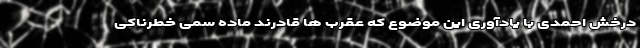
درخش احمدی با یادآوری این موضوع که عقرب ها قادرند ماده سمی خطرناکی